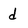
Character: d